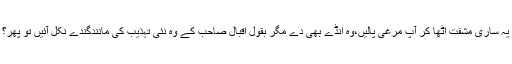
یہ ساری مشقت اٹھا کر آپ مرغی پالیں،وہ انڈے بھی دے مگر بقول اقبال صاحب کے وہ نئی تہذیب کی مانندگندے نکل آئیں تو پھر؟